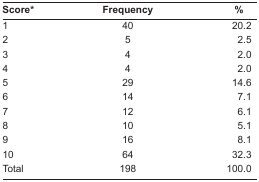
<table><thead><tr><td><b>Score*</b></td><td><b>Frequency</b></td><td><b>%</b></td></tr></thead><tbody><tr><td>1</td><td>40</td><td>20.2</td></tr><tr><td>2</td><td>5</td><td>2.5</td></tr><tr><td>3</td><td>4</td><td>2.0</td></tr><tr><td>4</td><td>4</td><td>2.0</td></tr><tr><td>5</td><td>29</td><td>14.6</td></tr><tr><td>6</td><td>14</td><td>7.1</td></tr><tr><td>7</td><td>12</td><td>6.1</td></tr><tr><td>8</td><td>10</td><td>5.1</td></tr><tr><td>9</td><td>16</td><td>8.1</td></tr><tr><td>10</td><td>64</td><td>32.3</td></tr><tr><td>Total</td><td>198</td><td>100.0</td></tr></tbody></table>